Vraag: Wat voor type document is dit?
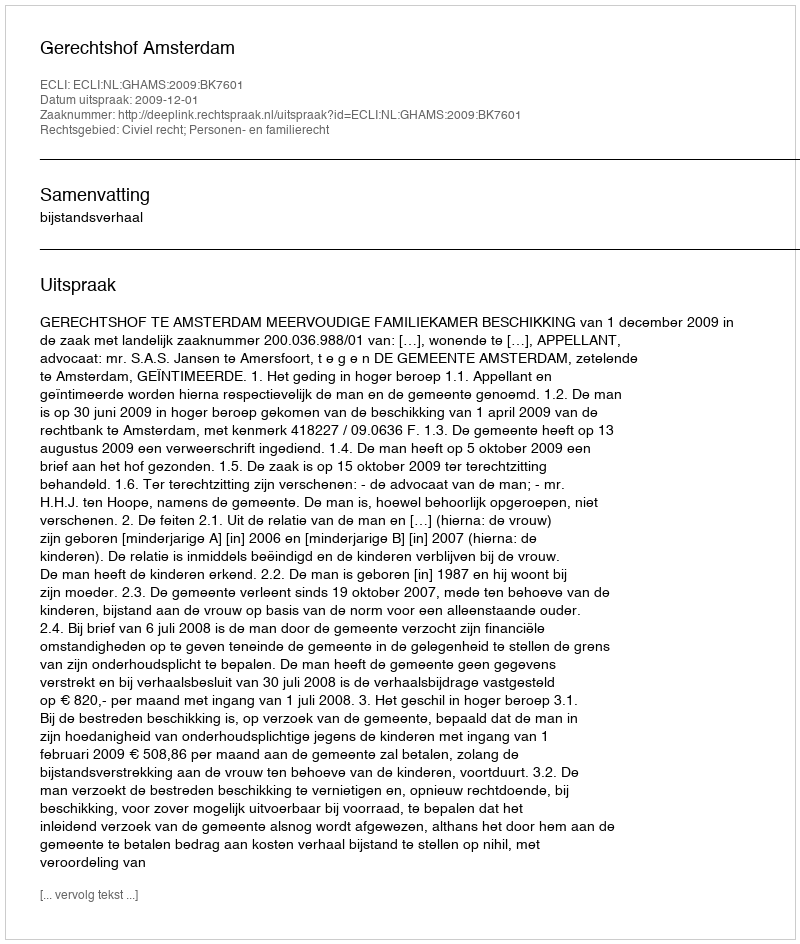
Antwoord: Uitspraak